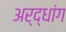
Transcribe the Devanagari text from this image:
अर्द्धांग